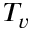
T _ { v }